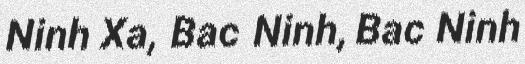
Ninh Xa, Bac Ninh, Bac Ninh